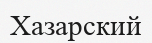
Хазарский